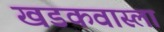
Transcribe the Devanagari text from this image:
खडकवास्ला